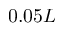
0 . 0 5 L